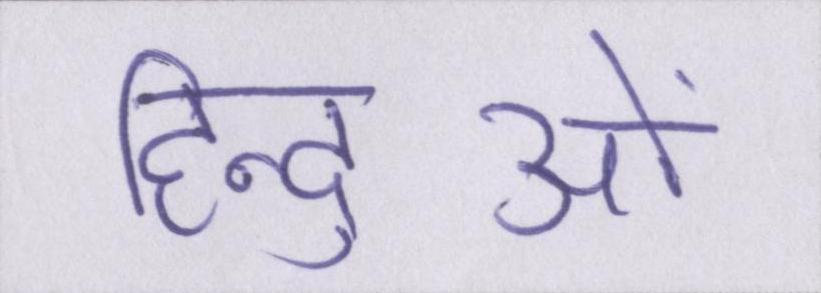
हिन्दुओं